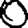
Digit: 0